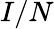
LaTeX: I/N